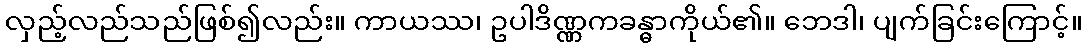
လှည့်လည်သည်ဖြစ်၍လည်း။ ကာယဿ၊ ဥပါဒိဏ္ဏကခန္ဓာကိုယ်၏။ ဘေဒါ၊ ပျက်ခြင်းကြောင့်။